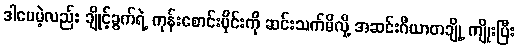
ဒါပေမဲ့လည်း ချိုင့်ခွက်ရဲ့ ကုန်းစောင်းပိုင်းကို ဆင်းသက်မိလို့ အဆင်းဂီယာတချို့ ကျိုးပြီး